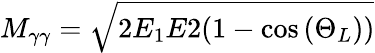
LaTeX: M_{\gamma\gamma}=\sqrt{2E_{1}E2(1-\cos{(\Theta_{L})})}